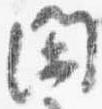
閑